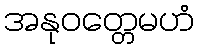
အနုဝတ္တေမဟံ